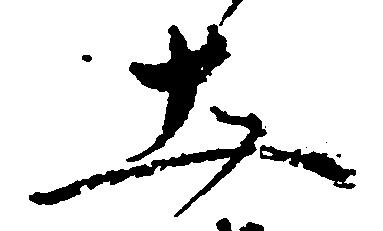
土